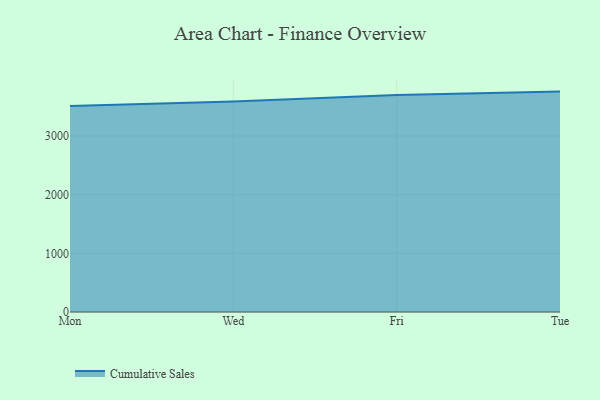
{"axis": {"x": "Day", "y": "Gross Profit (USD K)"}, "legend": ["Cumulative Sales"], "data": [{"x": "Mon", "y": 3510.3, "type": "Cumulative Sales"}, {"x": "Wed", "y": 3587.5, "type": "Cumulative Sales"}, {"x": "Fri", "y": 3699.9, "type": "Cumulative Sales"}, {"x": "Tue", "y": 3757.3, "type": "Cumulative Sales"}]}